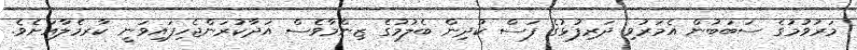
މަރުވުމުގެ ސަބަބުން އެމަރުވި ދަރިފުޅުގެ ފަސް ކުދިން ބެލުމުގެ ޒިންމާވެސް އަދާކުރަންޖެހިފައިވަނީ ކާރމެލާއަށެވެ.